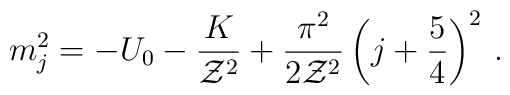
m_j^2 = -U_0 -{K\over {\cal Z}^2} + {\pi^2\over 2{\cal Z}^2}\left(j+{5\over 4}\right)^2\,.